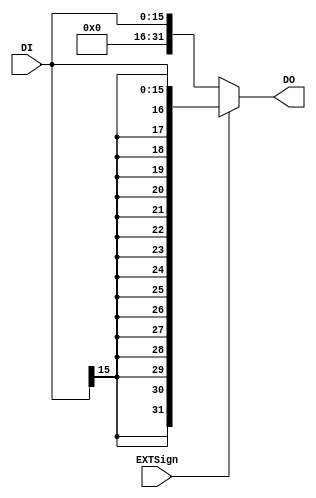
`timescale 1ns / 1ps
module ext(
		input EXTSign,
		input [15:0] DI,
		output [31:0] DO
	);
	assign DO=(EXTSign==0?{{16{1'b0}},DI}:{{16{DI[15]}},DI});
endmodule